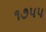
૧૭૫૫